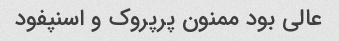
عالی بود ممنون پرپروک و اسنپفود